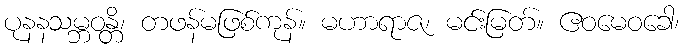
ပုနနသမ္ဘဝန္တိ၊ တဖန်မဖြစ်ကုန်။ မဟာရာဇ၊ မင်းမြတ်။ ဧဝမေဝခေါ၊